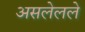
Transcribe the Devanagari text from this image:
असलेलले